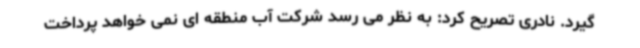
گیرد. نادری تصریح کرد: به نظر می رسد شرکت آب منطقه ای نمی خواهد پرداخت